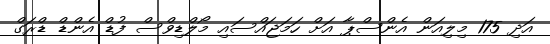
އަދި 175 މިލިއަން އެންސްޕާ އަށް ހަމަޖައްސައި މޯލްޑިވްސް ފުޑް އެންޑް ޑްރަގް